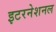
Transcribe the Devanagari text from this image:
इटरनेशनल